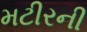
મટીરની